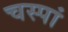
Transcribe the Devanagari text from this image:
चस्पां